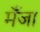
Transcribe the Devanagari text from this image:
मँजा